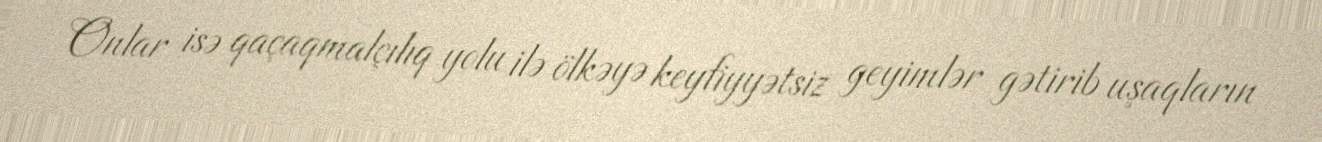
Onlar isə qaçaqmalçılıq yolu ilə ölkəyə keyfiyyətsiz geyimlər gətirib uşaqların